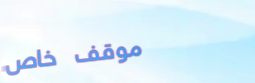
موقف خاص